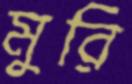
মুরি